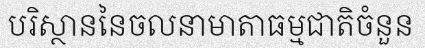
បរិស្ថាននៃចលនាមាតាធម្មជាតិចំនួន